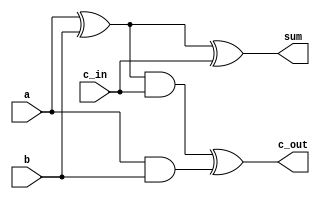
//  *************************************************
//  *                   Arith Unit                  *
//  *************************************************


module fulladd(sum, c_out, a, b, c_in);
	output sum,c_out;
	input a,b, c_in;
	wire s1,c1,c2;
	xor (s1,a,b);
	and (c1,a,b);
	xor (sum,s1,c_in);
	and (c2,s1,c_in);
	xor (c_out,c2,c1);
endmodule

module m41(out, a,b,c,d, s1, s0);
	output out;
	input a,b,c,d, s0, s1;
	wire s0n,s1n,y0,y1,y2,y3;
	not (s0n, s0),(s1n, s1);	
	and (y0, a, s1n, s0n),(y1, b, s1n, s0),(y2, c, s1, s0n), (y3, d, s1, s0);
	or(out, y0,y1,y2,y3);
endmodule
	
module arithcell(out, c_out, a, b, s1,s0,c_in);
	input a,b,s1,s0,c_in;
	output out,c_out;
	wire y,bn;
	not (bn,b);
	fulladd fa(out,c_out,a,y,c_in);
	m41 m(y,b,bn,1'b0,1'b1,s1,s0);
endmodule

module arithunit(D,C_out,z,A,B,s1,s0,C_in);
	input [7:0]A,B;
	input s1,s0,C_in;
	output [7:0]D;
	output z,C_out;
	wire c0,c1,c2,c3,c4,c5,c6,c7;
	arithcell ac0(D[0], c0, A[0], B[0], s1, s0, C_in); 
	arithcell ac1(D[1], c1, A[1], B[1], s1, s0, c0); 
	arithcell ac2(D[2], c2, A[2], B[2], s1, s0, c1); 
	arithcell ac3(D[3], c3, A[3], B[3], s1, s0, c2); 
	arithcell ac4(D[4], c4, A[4], B[4], s1, s0, c3); 
	arithcell ac5(D[5], c5, A[5], B[5], s1, s0, c4); 
	arithcell ac6(D[6], c6, A[6], B[6], s1, s0, c5); 
	arithcell ac7(D[7], C_out, A[7], B[7], s1, s0, c6); 
	nor (z,D[0],D[1],D[2],D[3],D[4],D[5],D[6],D[7]);

endmodule